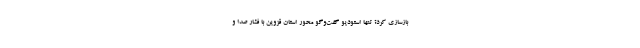
بازسازی کرد؟ تنها استودیو گفت‌و‌گو محور استان قزوین با فشار صدا و